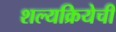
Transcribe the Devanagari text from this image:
शल्यक्रियेची